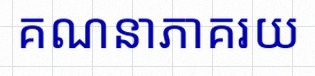
គណនាភាគរយ